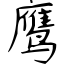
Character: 鹰